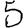
Digit: 5